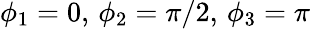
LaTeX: \phi_{1}=0,\, \phi_{2}=\pi/2,\, \phi_{3}=\pi